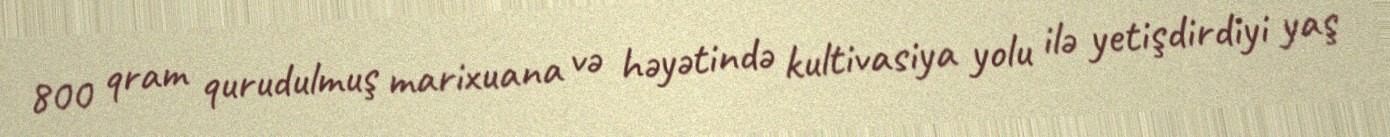
800 qram qurudulmuş marixuana və həyətində kultivasiya yolu ilə yetişdirdiyi yaş